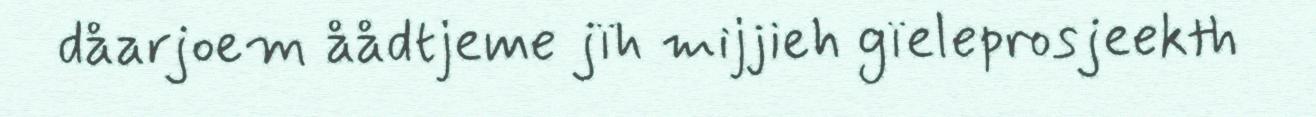
dåarjoem åådtjeme jïh mijjieh gïeleprosjeekth